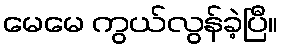
မေမေ ကွယ်လွန်ခဲ့ပြီ။